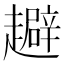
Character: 𧾑